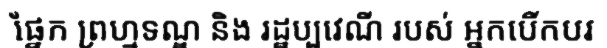
ផ្នែក ព្រហ្មទណ្ឌ និង រដ្ឋប្បវេណី របស់ អ្នកបើកបរ